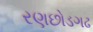
રણછોડગઢ